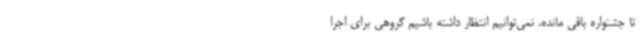
تا جشنواره باقی مانده، نمی‌توانیم انتظار داشته باشیم گروهی برای اجرا